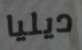
ديليا